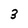
Character: 3